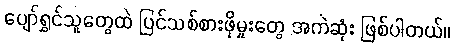
ပျော်ရွှင်သူတွေထဲ ပြင်သစ်စားဖိုမှုးတွေ အကဲဆုံး ဖြစ်ပါတယ်။